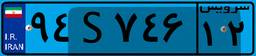
۹۴S۷۴۶۱۲